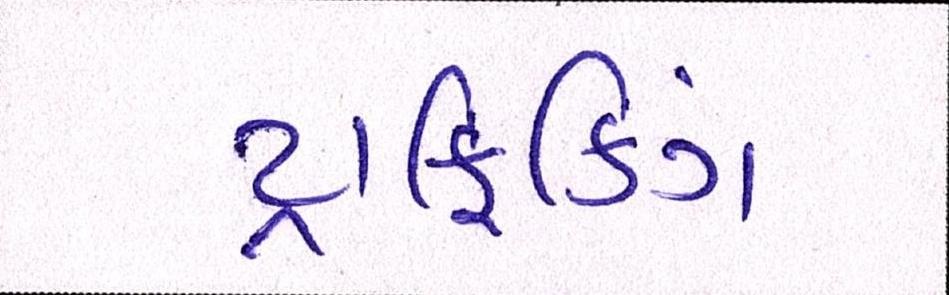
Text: ટ્રાફિકિંગ